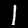
Label: 1